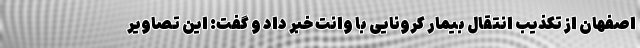
اصفهان از تکذیب انتقال بیمار کرونایی با وانت خبر داد و گفت: این تصاویر